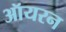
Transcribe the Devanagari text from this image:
ऑयरन